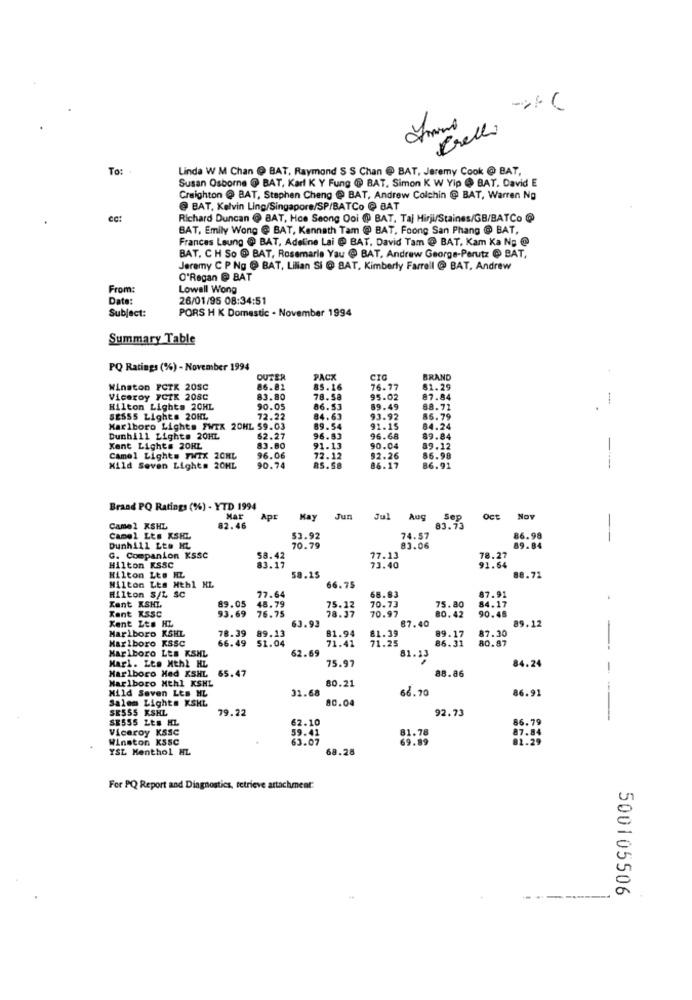
Prelli
50
To:
Linda W M Chan @ BAT, Raymond S S Chan @ BAT, Jeremy Cook @ BAT,
Susan Osborne @ BAT, Karl K Y Fung @ BAT, Simon K W Yip @ BAT. David E
Creighton @ BAT, Stephen Cheng @ BAT, Andrew Colchin @ BAT, Warren No
@ BAT, Kelvin Ling/Singapore/SP/BATCo @ BAT
Richard Duncan @ BAT, Hoe Seong Ooi @P BAT, Taj Hirji/Staines/GB/BATCo @
BAT, Emily Wong @ BAT, Kenneth Tam @ BAT, Foong San Phang @ BAT,
Frances Leung @ BAT, Adeline Lai @ BAT. David Tam @ BAT, Kam Ka No @
BAT. CH So @ BAT, Rosamaria Yau @ BAT, Andrew George-Perutz @ BAT,
Jeremy C P Ng @ BAT, Lilian SI @ BAT, Kimberly Farrell @ BAT, Andrew
O'Regan @ BAT
From:
Lowall Wong
Date:
26/01/95 08:34:51
Subject:
PORS H K Domestic - November 1994
Summary Table
PQ Ratings (%) - November 1994
OUTER
PACK
CIG
BRAND
Winston FCTX 20SC
86.82
85.16
76.77
81.29
Viceroy FCTK 208C
83.80
78.58
95.02
87.84
1
Hilton Lights 20HL
90.05
86.53
89.49
88.71
SES55 Lights 20HL
72.22
84.63
93.92
85.79
Marlboro Lights FWTK 20HL 59.03
89.54
91.15
84.24
Dunhill Light# 20HL
62.27
96.83
96.68
89.84
Kent Light# 20RL
83.80
91.13
90.04
89.12
Camel Lights TWIX 20HL
96.06
72.12
$2.26
86.98
Mild Seven Lights 20HL
90.74
RS. 58
86.17
86.91
-----
Brand PQ Ratings (%) - YTD 1994
Mar
ApE
Kay
Jun
Jul Aug
Sep
OCE
Nov
Camel KSHL
82.46
83.73
Camel Lts XSHL
53.92
74.57
86.98
-
Dunhill Lte ML
70.79
83.06
89.84
G. Companion KSSC
58.42
77.13
78.27
Hilton KSSC
83.17
73.40
91.64
Hilton Lts HL
58.15
88.71
Milton Les Hthl HL
Hilton S/L SC
66.75
68.83
Kent KSHI
89.05
48.79
77.64
70.73
75.80
87.91
Kent KSSC
93.69 76.75
75.12
78.37
70.97
BO. 42
90.48
84.17
63.93
87.40
Xent Les HL
Marlboro KSHL
78.39 89.13
81.94
81.39
87.30
89.12
Marlboro KSSC
66.49 51.04
71.41
71.25
89.17
86.31
80.87
Marlboro Les KSHL
62.69
--
81.13
84.24
Harl. Lto Hthl HL
Marlboro Med XSHL
65.47
75.97
88.86
-
Marlboro Mthl KSHL
80.21
Mild Seven Lts HL
31.68
68.70
86.91
Salem Lights KSHL
80.04
SE555 KSHL
79.22
92.73
SE555 Lts HL
62.10
86.79
Viceroy KSSC
59.41
81.78
87.84
Winston KSSC
63.07
69.89
81.29
YSL Menthol HL
68.28
For PQ Report and Diagnostics, retrieve attachment:
U
a
500105506
--------